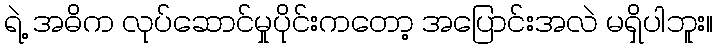
ရဲ့ အဓိက လုပ်ဆောင်မှုပိုင်းကတော့ အပြောင်းအလဲ မရှိပါဘူး။